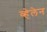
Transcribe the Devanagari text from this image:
व्हेलेन